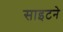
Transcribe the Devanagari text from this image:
साइटने